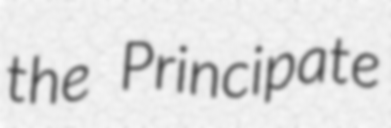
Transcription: the Principate